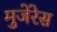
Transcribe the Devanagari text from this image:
मुजेरेस